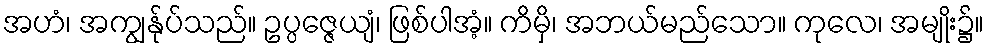
အဟံ၊ အကျွန်ုပ်သည်။ ဥပ္ပဇ္ဇေယျံ၊ ဖြစ်ပါအံ့။ ကိမှိ၊ အဘယ်မည်သော။ ကုလေ၊ အမျိုး၌။